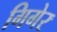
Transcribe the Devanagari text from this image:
गिगेर